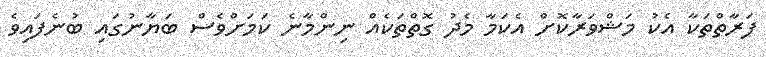
ފަރާތްތަކާ އެކު މަޝްވަރާކޮށް އެކަމާ މެދު ގޮތްތަކެއް ނިންމާނެ ކަމަށްވެސް ބަޔާނުގައި ބުނެފައިވެ